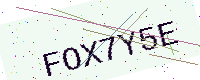
Text: FOX7Y5E